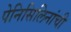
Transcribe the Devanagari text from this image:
पेनिसिलिनांची